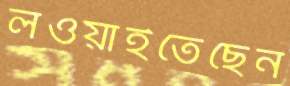
লওয়াইতেছেন